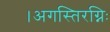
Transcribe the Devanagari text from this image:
।अगस्तिरग्निः